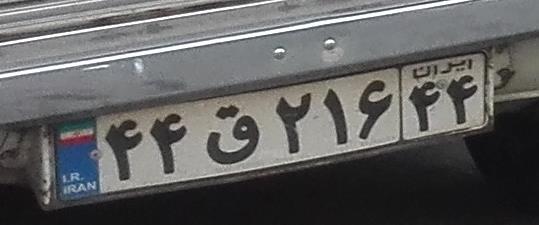
۴۴ق۶۱۲۴۴